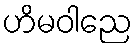
ဟိမဝါညေ